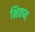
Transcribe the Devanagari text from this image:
भिवष्य